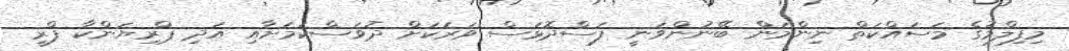
މިފިލްމުގެ މަސައްކަތް ނިންމަން ބޭނުންވަނީ ފަސްދޮޅަސް ވަރަކަށް ދުވަސްކަމަށާއި އަދި ޕްރިޔަންކާ ފްރީ